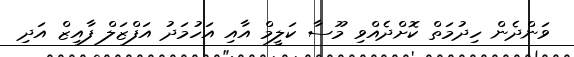
ވަންދެން ހިދުމަތް ކޮށްދެއްވި މޫސާ ކަލީމް އާއި އަހުމަދު އަފްޒަލް ފާއިޒް އަދި